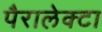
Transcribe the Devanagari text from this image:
पैरालेक्टा